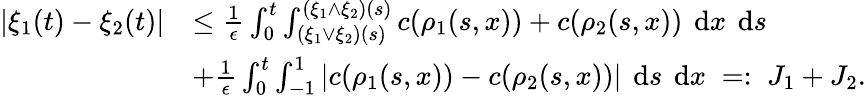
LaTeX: \begin{array}{rl}{\left|\xi_{1}(t)-\xi_{2}(t)\right|}&{\leq\frac{1}{\epsilon}\int_{0}^{t}\int_{(\xi_{1}\vee\xi_{2})(s)}^{(\xi_{1}\wedge\xi_{2})(s)}c(\rho_{1}(s,x))+c(\rho_{2}(s,x))\textrm{\, d}x\textrm{\, d}s}\\ &{+\frac{1}{\epsilon}\int_{0}^{t}\int_{-1}^{1}\left|c(\rho_{1}(s,x))-c(\rho_{2}(s,x))\right|\textrm{\, d}s\textrm{\, d}x\; =:\; J_{1}+J_{2}.}\end{array}